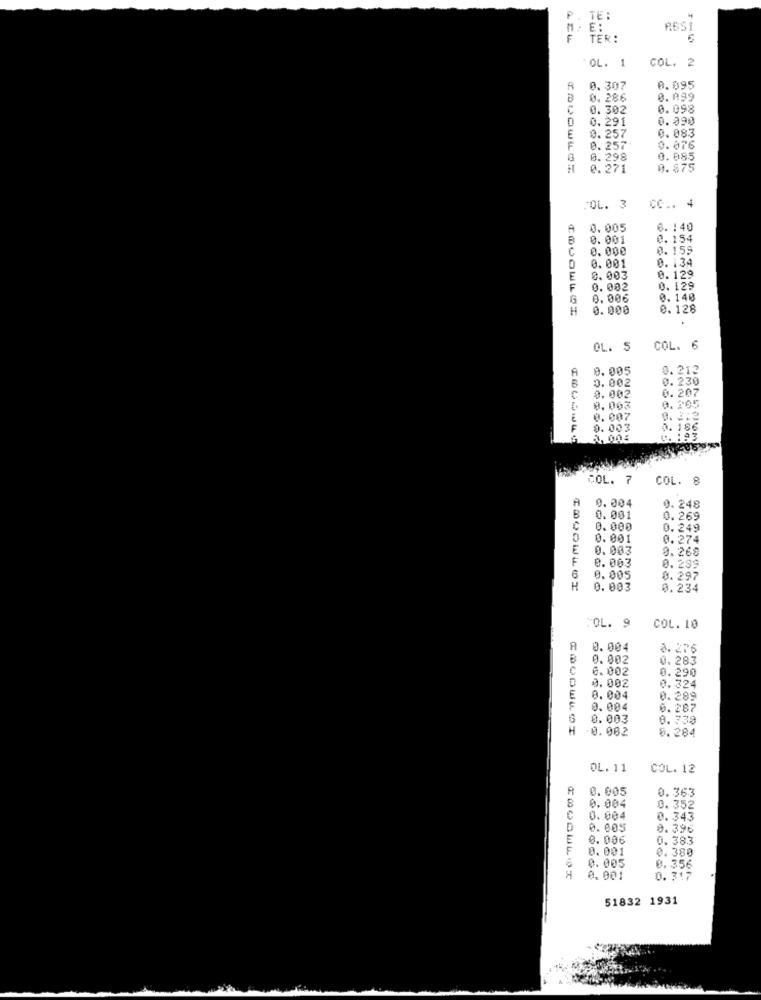
TE:
I. E:
TER :
COL. 2
OL. 1
A
0.307
0.095
0. 286
8.199
C
0. 302
0.098
0. 291
0.090
0.083
E
0.257
F
0.257
0.076
0.298
0.085
0.271
0.875
JOL. 3
CC .. 4
A
0.005
0. 140
0.001
0.154
0.000
0.159
0.001
0. 134
E
0.003
0.129
F
0.002
0.129
0.006
0. 140
0.000
0.128
OL. 5
COL. 6
A
0.005
0.212
0.002
0.230
0.207
0.002
B. 205
8.003
0.007
0.003
0.186
COL. 7
COL. 8
A
0.004
9.248
B
0.001
0.269
0. 000
0.249
0.001
0.274
E
0.003
9.268
F
0.003
0.299
0. 005
0.297
H
0.003
0.234
COL. 9
COL. 10
0.004
a. 20
B
0.002
0.283
6.002
0.290
0.002
0.324
E
8.004
0.289
F
0.004
0.287
0.003
0.739
H
0.002
5.284
OL. 11
COL. 12
0.005
0.363
0.004
0.352
0. 004
0.343
0. 005
0.396
0.006
0.383
0.001
0.380
0. 005
0.356
0.001
0. 317
51832 1931